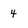
Character: 4